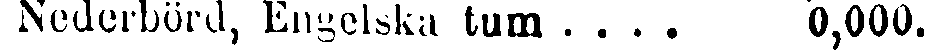
, Nederbörd, Engelska tum .... 0,000.